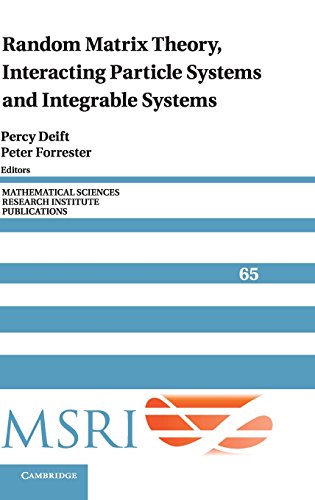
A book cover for Random Matrix Theory, Interacting Particle Systems, and Integrable Systems (Mathematical Sciences Research Institute Publications); Science & Math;